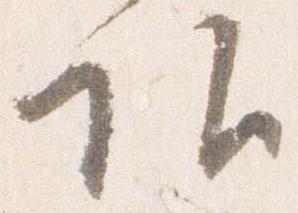
頭